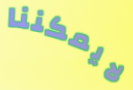
لايمكننا